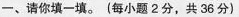
一、请你填一填。(每小题2分，共36分)